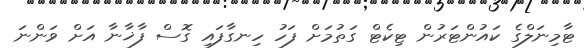
ޓާމިނަލްގެ ކައުންޓަރުން ޓިކެޓް ގަތުމަށް ފަހު ހިނގާފައި ގޮސް ފާޚާނާ އަށް ވަންނަ